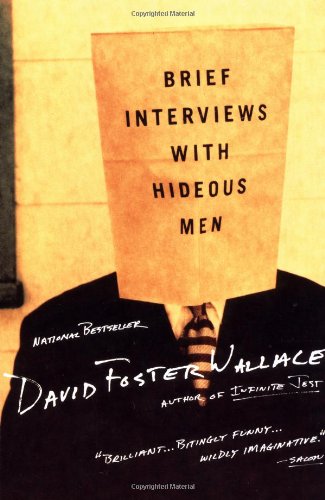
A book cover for Brief Interviews with Hideous Men; David Foster Wallace; Literature & Fiction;